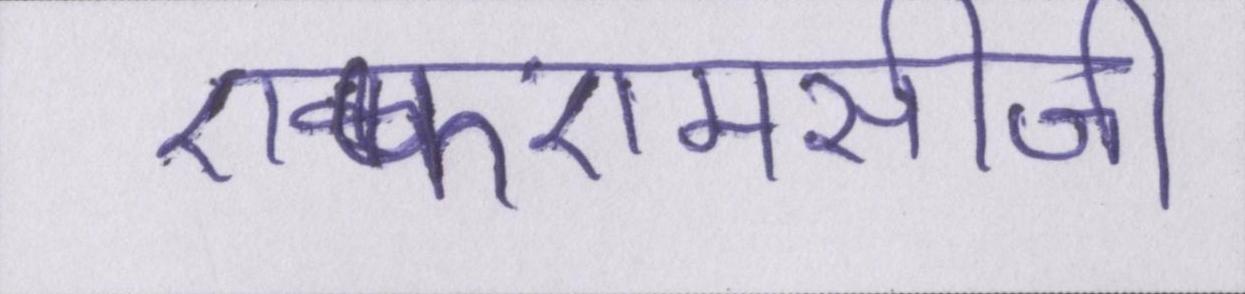
एफएमसीजी